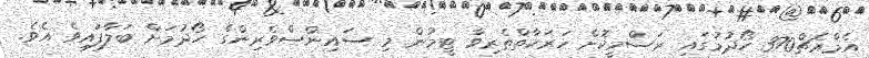
އެމްއެޗް370 ހޯދުމުގައި ރަސްމީކޮށް ހަރަކާތްތެރިވާ ޓީމުން މި ސައިންސްވެރިންގެ ހޯދުމަށް ބަލާފައިވެ އެވެ.